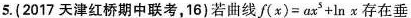
5.(2017天津红桥期中联考，16)若曲线f(x)=ax^{6}+lnx存在垂